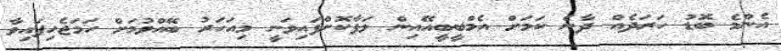
އެންމެ ބޮޑު ހަރަދެއް ދާނެ ކަމަށް އެމްބީބީއޭއިން ލަފާކޮށްފައިވަނީ މިއަހަރު ބޭއްވުމަށް ހަމަޖެހިފައިވާ